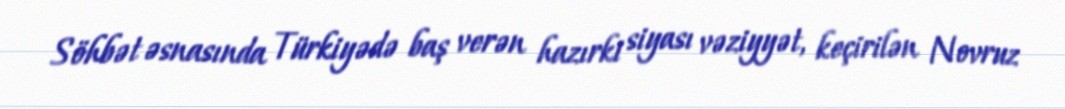
Söhbət əsnasında Türkiyədə baş verən hazırki siyası vəziyyət, keçirilən Novruz